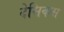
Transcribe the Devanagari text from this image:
देसिकस